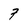
Character: 7